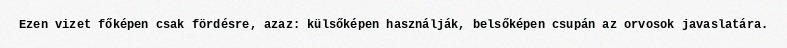
Ezen vizet főképen csak fördésre, azaz: külsőképen használják, belsőképen csupán az orvosok javaslatára.